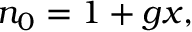
\begin{array} { r } { n _ { 0 } = 1 + g x , } \end{array}